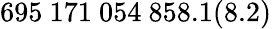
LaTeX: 695~171~054~858.1(8.2)